Civil Veterinary Dept. North-West Frontier Province 1923-32 - 1923-1932
Year: 1923
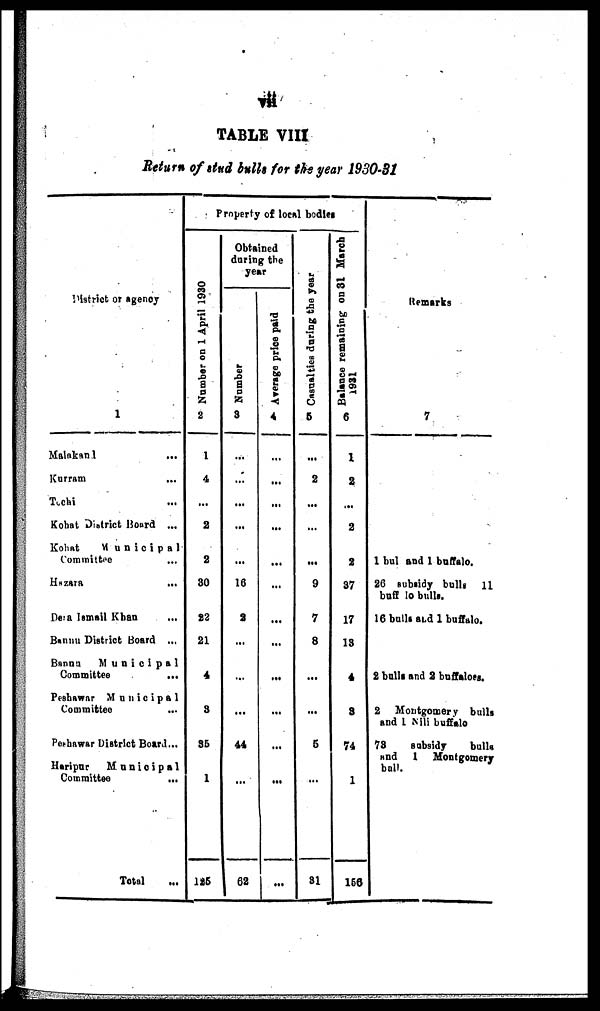
TABLE VIII
Return of stud built for the year 1930-31
District or agency
1
Malakand ...
Kurram ...
Tochi ...
Kohat District Board ...
Kohat
Municipal
Committee...
Hazara ...
Dera Ismail Khan...
Bannu District Board ...
Bannu
Municipal
Committee
...
Peshawar
Municipal
Committee ...
Peshawar District Board...
Haripur Municipal
Committee
...
Total
Property of local bodies
Nu mb e r on 1 April 1930
2
1
4
...
2
2
30
22
21
4
3
35
1
125
Obtained
during the
year
Number
3
...
...
...
...
...
16
2
...
...
...
44
...
62
Average price paid
4
...
...
...
...
...
...
...
...
...
...
...
...
...
Casualties during
the year
5
...
2
...
...
...
9
7
8
...
...
5
...
31
Balance remaining on 31 March
1931
6
1
2
...
2
2
37
17
13
4
3
74
1
156
Remarks
7
1 bulls and 1 buffalo.
26 subsidy bulls 11
buffalo bulls.
16 bulls and 1 buffalo.
2 bulls and 2 buffaloes.
2 Montgomery bulls
and 1 Nili buffalo
78
subsidy
bulls
and
1 Montgomery
ball.